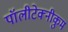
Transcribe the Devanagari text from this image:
पॉलीटेक्नीकुम